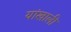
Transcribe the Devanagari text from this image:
यांखाली